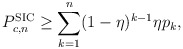
\begin{align*}P_{c,n}^\textnormal{SIC}\geq \sum_{k=1}^{n} (1-\eta)^{k-1} \eta p_k,\end{align*}